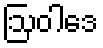
ဩဝါဒေ